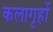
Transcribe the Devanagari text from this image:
कलागृहों